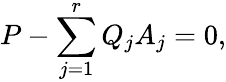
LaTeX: P-\sum_{j=1}^{r}Q_{j}A_{j}=0,